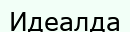
Идеалда